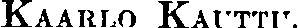
Kaarlo Kauttu.